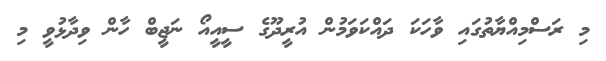
މި ރަސްމިއްޔާތުގައި ވާހަކަ ދައްކަވަމުން އުރީދޫގެ ސީއީއޯ ނަޖީބް ހާން ވިދާޅުވީ މި